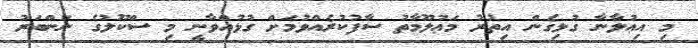
މި އިޢުލާނާ ގުޅިގެން އިތުރު މަޢުލޫމާތު ސާފުކުރެއްވުމަށް ގުޅުއްވާނީ މި ސްކޫލުގެ ނަންބަރު